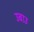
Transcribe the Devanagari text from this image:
उबाउ